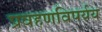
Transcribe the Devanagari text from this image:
प्रवहणविपर्यय